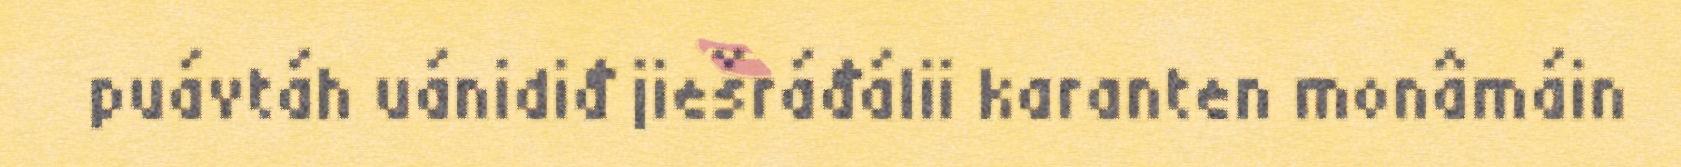
puávtáh uánidiđ jiešráđálii karanten monâmáin